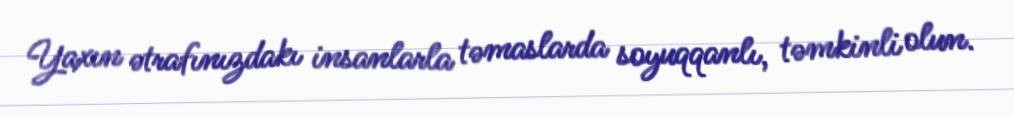
Yaxın ətrafınızdakı insanlarla təmaslarda soyuqqanlı, təmkinli olun.